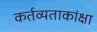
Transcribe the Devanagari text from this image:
कर्तव्यताकांक्षा